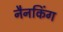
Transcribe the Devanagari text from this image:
नैनकिंग